Scottish Leaving Certificate Examination, 1953
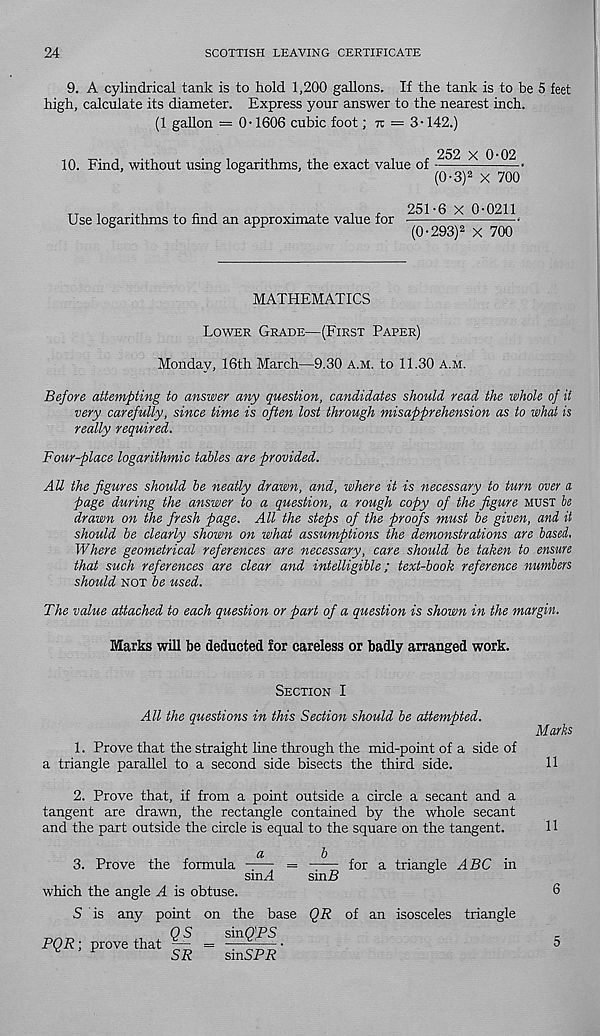
24
SCOTTISH LEAVING CERTIFICATE
9. A cylindrical tank is to hold 1,200 gallons. If the tank is to be 5 feet
high, calculate its diameter. Express your answer to the nearest inch.
(1 gallon = 0-1606 cubic foot; TT = 3 -142.)
10. Find, without using logarithms, the exact value of
252 X 0-02
(0-3) 2 X 700'
Use logarithms to find an approximate value for
251-6 X 0-0211
(0-293) 2 X 700'
MATHEMATICS
LOWER GRADE—(FIRST PAPER)
Monday, 16th March—9.30 A.M. to 11.30 A.M.
Before attempting to answer any question, candidates should read the whole of it
very carefully, since time is often lost through misapprehension as to what is
really required.
Four-place logarithmic tables are provided.
AU the figures should be neatly drawn, and, where it is necessary to turn over a
page during the answer to a question, a rough copy of the figure MUST be
drawn on the fresh page. All the steps of the proofs must be given, and it
should be clearly shown on what assumptions the demonstrations are based.
Where geometrical references are necessary, care should be taken to ensure
that such references are clear and intelligible; text-book reference numbers
should NOT be used.
The value attached to each question or part of a question is shown in the margin.
Marks will be deducted for careless or badly arranged work.
SECTION I
All the questions in this Section should be attempted.
1. Prove that the straight line through the mid-point of a side of
a triangle parallel to a second side bisects the third side.
2. Prove that, if from a point outside a circle a secant and a
tangent are drawn, the rectangle contained by the whole secant
and the part outside the circle is equal to the square on the tangent.
Marks
11
11
3. Prove the formula sinH
=
for a triangle ABC in
smB
which the angle A is obtuse.
S is any point on the base QR of an isosceles triangle
,
Q s
sinQ'PS
PQR; prove that
SR
sinSPR